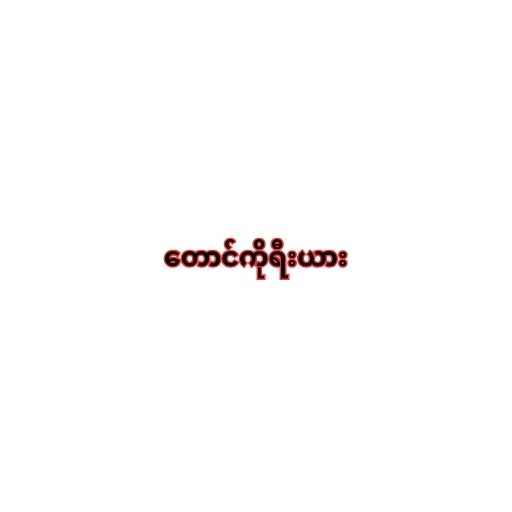
တောင်ကိုရီးယား